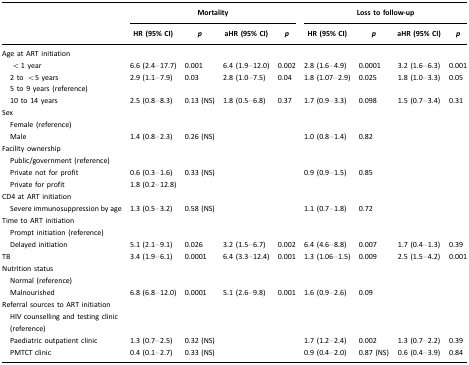
<table><thead><tr><td></td><td colspan="4"><b>Mortality</b></td><td colspan="4"><b>Loss to follow-up</b></td></tr><tr><td></td><td><b>HR (95% CI)</b></td><td><b><i>p</i></b></td><td><b>aHR (95% CI)</b></td><td><b><i>p</i></b></td><td><b>HR (95% CI)</b></td><td><b><i>p</i></b></td><td><b>aHR (95% CI)</b></td><td><b><i>p</i></b></td></tr></thead><tbody><tr><td>Age at ART initiation</td><td></td><td></td><td></td><td></td><td></td><td></td><td></td><td></td></tr><tr><td> &lt;1 year</td><td>6.6 (2.4–17.7)</td><td>0.001</td><td>6.4 (1.9–12.0)</td><td>0.002</td><td>2.8 (1.6–4.9)</td><td>0.0001</td><td>3.2 (1.6–6.3)</td><td>0.001</td></tr><tr><td> 2 to &lt;5 years</td><td>2.9 (1.1–7.9)</td><td>0.03</td><td>2.8 (1.0–7.5)</td><td>0.04</td><td>1.8 (1.07–2.9)</td><td>0.025</td><td>1.8 (1.0–3.3)</td><td>0.05</td></tr><tr><td> 5 to 9 years (reference)</td><td></td><td></td><td></td><td></td><td></td><td></td><td></td><td></td></tr><tr><td> 10 to 14 years</td><td>2.5 (0.8–8.3)</td><td>0.13 (NS)</td><td>1.8 (0.5–6.8)</td><td>0.37</td><td>1.7 (0.9–3.3)</td><td>0.098</td><td>1.5 (0.7–3.4)</td><td>0.31</td></tr><tr><td>Sex</td><td></td><td></td><td></td><td></td><td></td><td></td><td></td><td></td></tr><tr><td> Female (reference)</td><td></td><td></td><td></td><td></td><td></td><td></td><td></td><td></td></tr><tr><td> Male</td><td>1.4 (0.8–2.3)</td><td>0.26 (NS)</td><td></td><td></td><td>1.0 (0.8–1.4)</td><td>0.82</td><td></td><td></td></tr><tr><td>Facility ownership</td><td></td><td></td><td></td><td></td><td></td><td></td><td></td><td></td></tr><tr><td> Public/government (reference)</td><td></td><td></td><td></td><td></td><td></td><td></td><td></td><td></td></tr><tr><td> Private not for profit</td><td>0.6 (0.3–1.6)</td><td>0.33 (NS)</td><td></td><td></td><td>0.9 (0.9–1.5)</td><td>0.85</td><td></td><td></td></tr><tr><td> Private for profit</td><td>1.8 (0.2–12.8)</td><td></td><td></td><td></td><td></td><td></td><td></td><td></td></tr><tr><td>CD4 at ART initiation</td><td></td><td></td><td></td><td></td><td></td><td></td><td></td><td></td></tr><tr><td> Severe immunosuppression by age</td><td>1.3 (0.5–3.2)</td><td>0.58 (NS)</td><td></td><td></td><td>1.1 (0.7–1.8)</td><td>0.72</td><td></td><td></td></tr><tr><td>Time to ART initiation</td><td></td><td></td><td></td><td></td><td></td><td></td><td></td><td></td></tr><tr><td> Prompt initiation (reference)</td><td></td><td></td><td></td><td></td><td></td><td></td><td></td><td></td></tr><tr><td> Delayed initiation</td><td>5.1 (2.1–9.1)</td><td>0.026</td><td>3.2 (1.5–6.7)</td><td>0.002</td><td>6.4 (4.6–8.8)</td><td>0.007</td><td>1.7 (0.4–1.3)</td><td>0.39</td></tr><tr><td>TB</td><td>3.4 (1.9–6.1)</td><td>0.0001</td><td>6.4 (3.3–12.4)</td><td>0.001</td><td>1.3 (1.06–1.5)</td><td>0.009</td><td>2.5 (1.5–4.2)</td><td>0.001</td></tr><tr><td>Nutrition status</td><td></td><td></td><td></td><td></td><td></td><td></td><td></td><td></td></tr><tr><td> Normal (reference)</td><td></td><td></td><td></td><td></td><td></td><td></td><td></td><td></td></tr><tr><td> Malnourished</td><td>6.8 (6.8–12.0)</td><td>0.0001</td><td>5.1 (2.6–9.8)</td><td>0.001</td><td>1.6 (0.9–2.6)</td><td>0.09</td><td></td><td></td></tr><tr><td>Referral sources to ART initiation</td><td></td><td></td><td></td><td></td><td></td><td></td><td></td><td></td></tr><tr><td> HIV counselling and testing clinic (reference)</td><td></td><td></td><td></td><td></td><td></td><td></td><td></td><td></td></tr><tr><td> Paediatric outpatient clinic</td><td>1.3 (0.7–2.5)</td><td>0.32 (NS)</td><td></td><td></td><td>1.7 (1.2–2.4)</td><td>0.002</td><td>1.3 (0.7–2.2)</td><td>0.39</td></tr><tr><td> PMTCT clinic</td><td>0.4 (0.1–2.7)</td><td>0.33 (NS)</td><td></td><td></td><td>0.9 (0.4–2.0)</td><td>0.87 (NS)</td><td>0.6 (0.4–3.9)</td><td>0.84</td></tr></tbody></table>